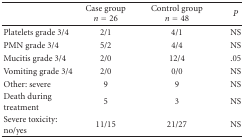
|  | Case group n = 26 | Control group n = 48 | P |
 | --- | --- | --- | --- |
 | Platelets grade 3/4 | 2/1 | 4/1 | NS |
 | PMN grade 3/4 | 5/2 | 4/4 | NS |
 | Mucitis grade 3/4 | 2/0 | 12/4 | .05 |
 | Vomiting grade 3/4 | 2/0 | 0/0 | NS |
 | Other: severe | 9 | 9 | NS |
 | Death during treatment | 5 | 3 | NS |
 | Severe toxicity: no/yes | 11/15 | 21/27 | NS |